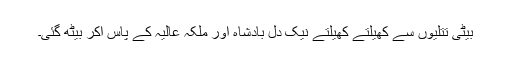
بیٹی تتلیوں سے کھیلتے کھیلتے نیک دل بادشاہ اور ملکہ عالیہ کے پاس آکر بیٹھ گئی۔